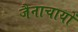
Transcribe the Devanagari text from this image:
जैनाचायों